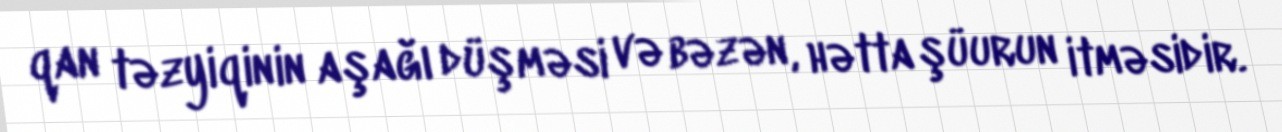
qan təzyiqinin aşağı düşməsi və bəzən, hətta şüurun itməsidir.